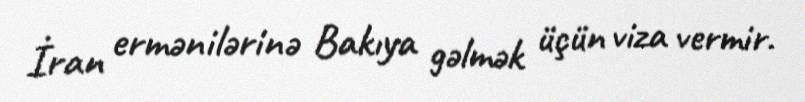
İran ermənilərinə Bakıya gəlmək üçün viza vermir.